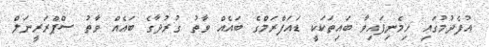
އުފެދުމުގައި ހިމެނިފައިވާ ބައިތަކަކީ ޑައަފްރަމްގެ ބައެއް ވާތު ގުރުދާގެ ބައެއް ވާތު ސްޕްރަރީނަލް